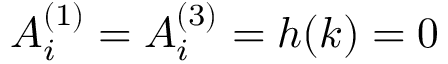
A _ { i } ^ { ( 1 ) } = A _ { i } ^ { ( 3 ) } = h ( \boldsymbol { k } ) = 0